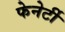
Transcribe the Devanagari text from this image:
फेनेर्टी